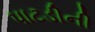
પાટડીની